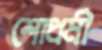
শোধর্মী